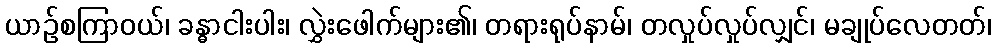
ယာဉ်စကြာဝယ်၊ ခန္ဓာငါးပါး၊ လွှဲးဖေါက်များ၏၊ တရားရုပ်နာမ်၊ တလှုပ်လှုပ်လျှင်၊ မချုပ်လေတတ်၊